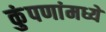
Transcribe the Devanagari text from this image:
कुंपणांमध्ये